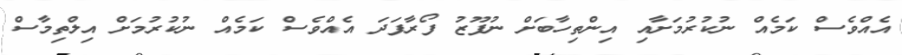
އެއްވެސް ކަމެއް ނުކުރުމަށާއި އިންތިހާބަށް ނުފޫޒު ފޯރާފަދަ އެއްވެސް ކަމެއް ނުކުރުމަށް އިލްތިމާސް